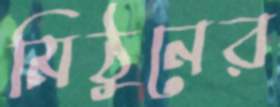
মিঠুনের